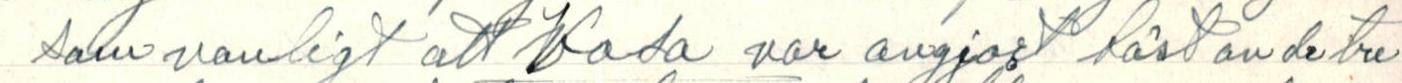
som vanligt att Vasa var avgjor fäst av de tre